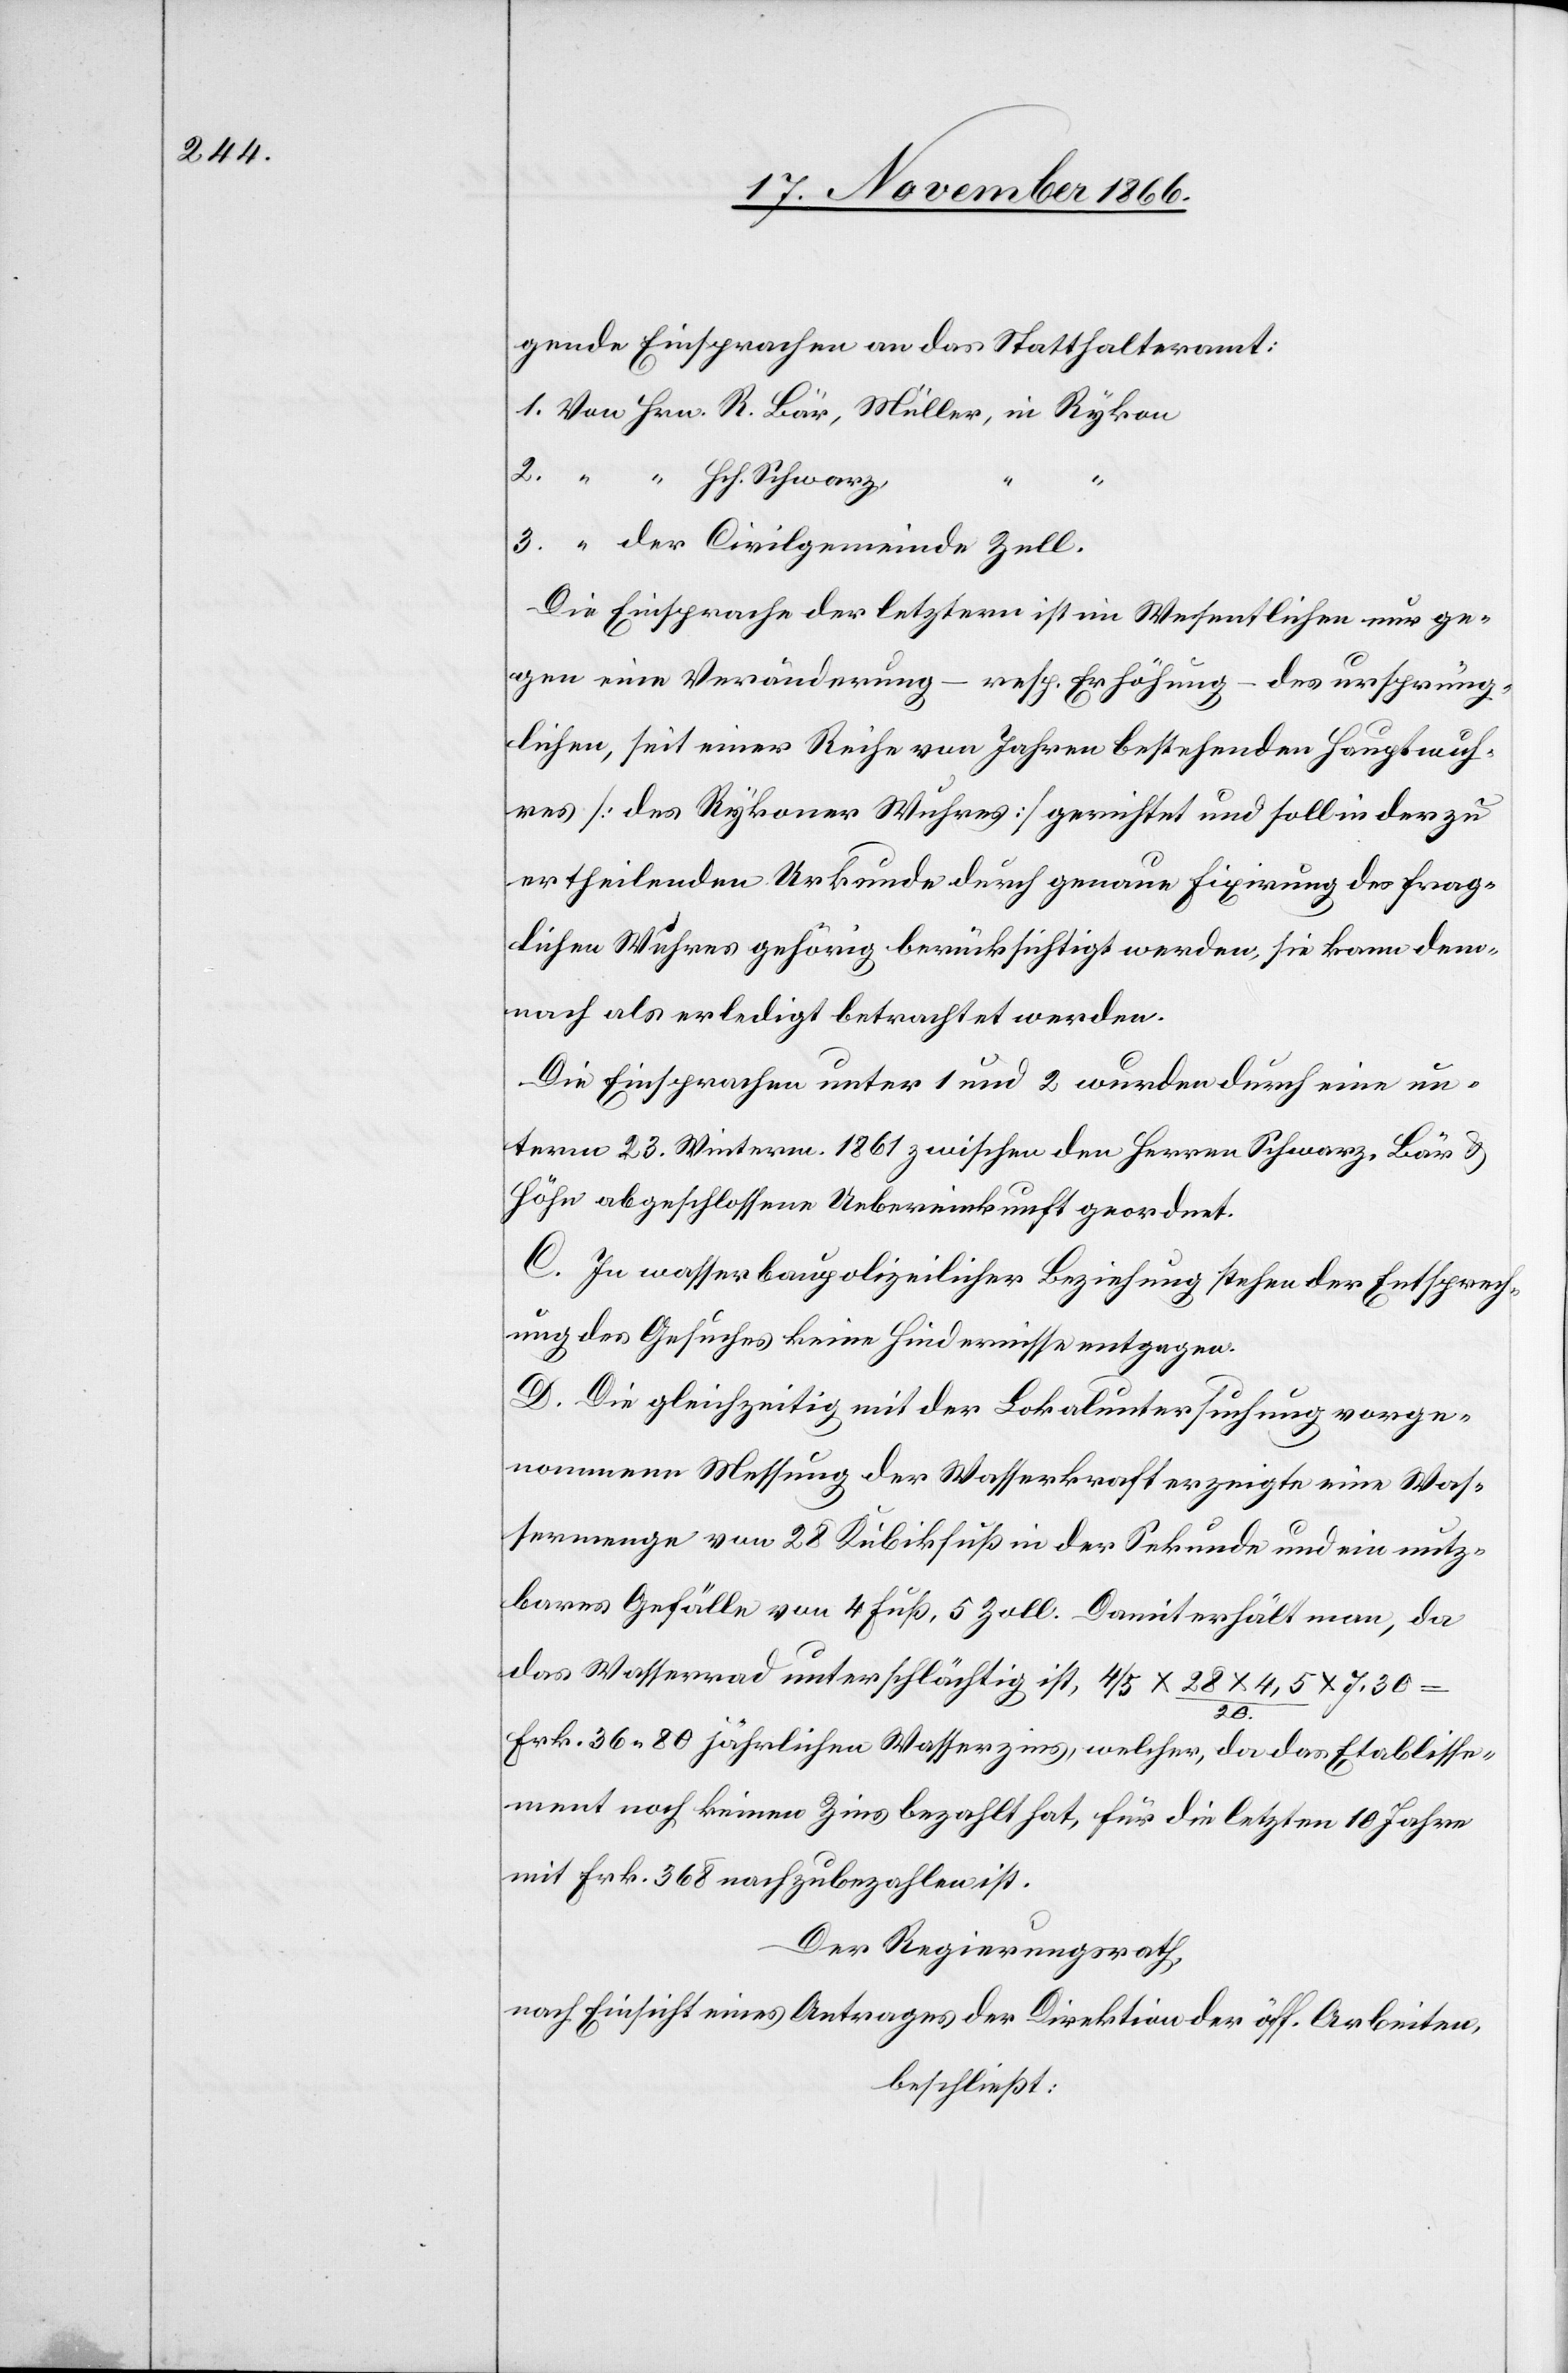
gende Einsprachen an das Statthalteramt:
1. Von Hrn. R. Bär, Müller, in Rykon
2. “ “ Hch. Schwarz,
“
3. “ der Civilgemeinde Zell.
Die Einsprache der letztern ist im Wesentlichen nur ge¬
gen eine Veränderung – resp. Erhöhung – des ursprüng¬
lichen, seit einer Reihe von Jahren bestehenden Hauptwuh¬
res [des Rykoner Wuhres] gerichtet und soll in der zu
ertheilenden Urkunde durch genaue Fixirung des frag¬
lichen Wuhres gehörig berücksichtigt werden, sie kann dem¬
nach als erledigt betrachtet werden.
Die Einsprachen unter 1 und 2 wurden durch eine un¬
term 23. Winterm. 1861 zwischen den Herren Schwarz, Bär &
Höhn abgeschlossene Uebereinkunft geordnet.
C. In wasserbaupolizeilicher Beziehung stehen der Entsprech¬
ung des Gesuches keine Hindernisse entgegen.
D. Die gleichzeitig mit der Lokaluntersuchung vorge¬
nommene Messung der Wasserkraft erzeigte eine Was¬
sermenge von 28 Kubikfuß in der Sekunde und ein nutz¬
bares Gefälle von 4 Fuß, 5 Zoll. Damit erhält man, da
das Wasserrad unterschlächtig ist, 4/5 x 28 x 4,5/20 x 7,30
Frk. 36.80 jährlichen Wasserzins, welcher, da das Etablisse¬
ment noch keinen Zins bezahlt hat, für die letzten 10 Jahre
mit Frk. 368 nachzubezahlen ist.
Der Regierungsrath,
nach Einsicht eines Antrages der Direktion der öff. Arbeiten,
beschließt: